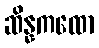
ဆိန္နကထော